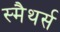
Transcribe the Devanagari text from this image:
स्मैथर्स